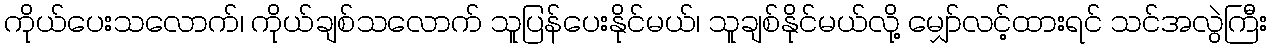
ကိုယ်ပေးသလောက်၊ ကိုယ်ချစ်သလောက် သူပြန်ပေးနိုင်မယ်၊ သူချစ်နိုင်မယ်လို့ မျှော်လင့်ထားရင် သင်အလွဲကြီး